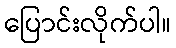
ပြောင်းလိုက်ပါ။